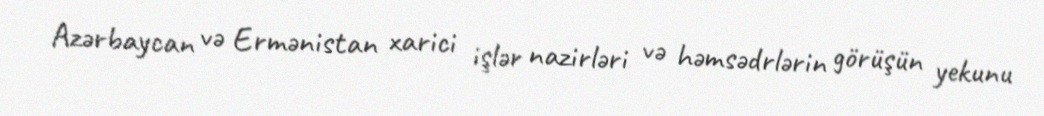
Azərbaycan və Ermənistan xarici işlər nazirləri və həmsədrlərin görüşün yekunu